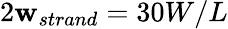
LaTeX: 2\mathbf{w}_{strand}=30W/L